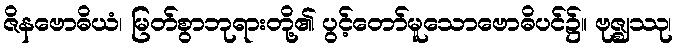
ဇိနဗောဓိယံ၊ မြတ်စွာဘုရားတို့၏ ပွင့်တော်မူသောဗောဓိပင်၌။ ဗုဇ္ဈဿု၊